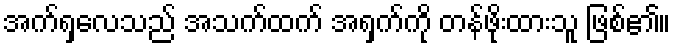
အက်ရှလေသည် အသက်ထက် အရှက်ကို တန်ဖိုးထားသူ ဖြစ်၏။